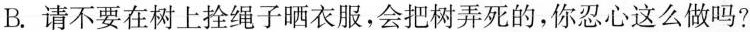
B.请不要在树上拴绳子晒衣服，会把树弄死的，你忍心这么做吗?